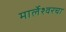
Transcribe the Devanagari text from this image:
मार्लेश्वरचा